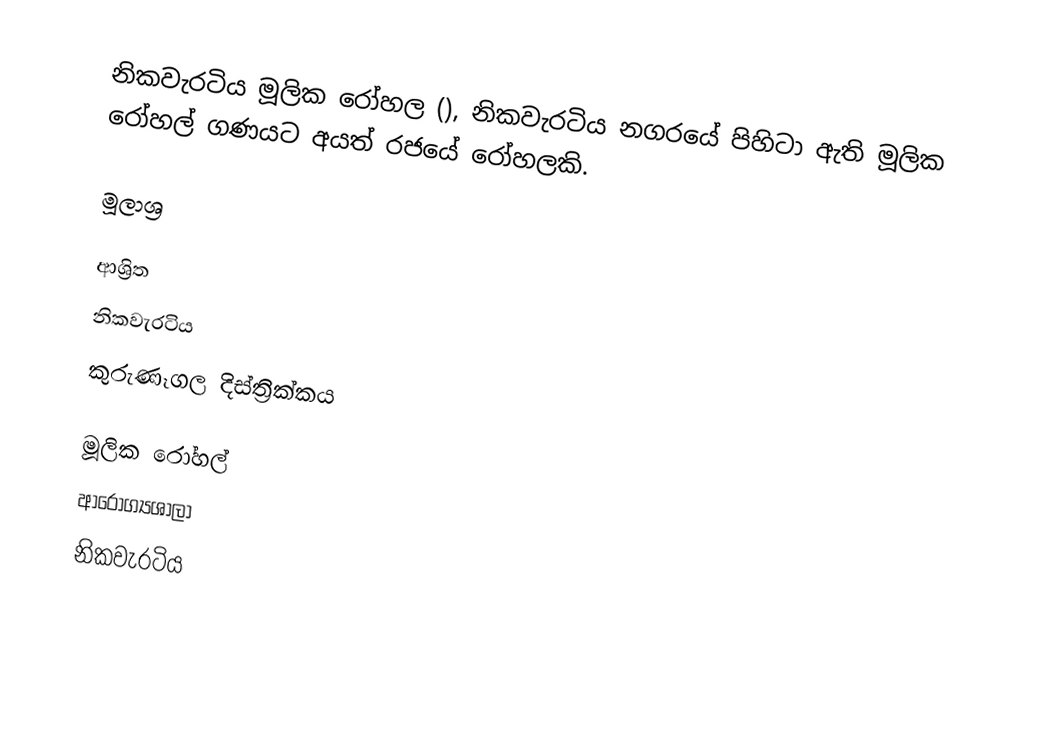
නිකවැරටිය මූලික රෝහල (), නිකවැරටිය නගරයේ පිහිටා ඇති මූලික රෝහල් ගණයට අයත් රජයේ රෝහලකි.

මූලාශ්‍ර

ආශ්‍රිත
 නිකවැරටිය
 කුරුණෑගල දිස්ත්‍රික්කය

මූලික රෝහල්
ආරෝග්‍යශාලා
නිකවැරටිය